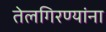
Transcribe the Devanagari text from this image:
तेलगिरण्यांना